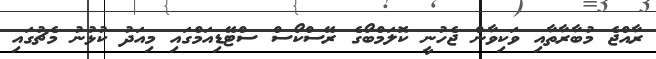
ރާއްޖެ މުބާރާތާއި ވަކިވާން ޖެހުނީ ކޮލަމްބޯގެ ރޭސްކޯސް ސްޓޭޑިއަމްގައި މިއަދު ކުޅުނު މެޗުގައި